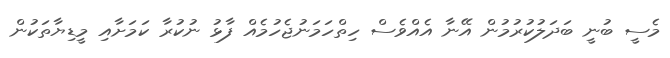
މެސީ ބުނީ ބަދަލުކުރުމުން އޭނާ އެއްވެސް ހިތްހަމަނުޖެހުމެއް ފާޅު ނުކުރާ ކަމަށާއި މީޑިޔާތަކުން